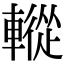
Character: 䡮